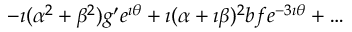
- \imath ( \alpha ^ { 2 } + \beta ^ { 2 } ) g ^ { \prime } e ^ { \imath \theta } + \imath ( \alpha + \imath \beta ) ^ { 2 } b f e ^ { - 3 \imath \theta } + \ldots